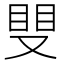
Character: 𥆣